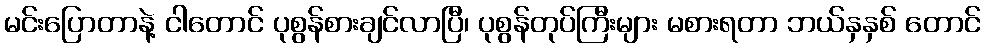
မင်းပြောတာနဲ့ ငါတောင် ပုစွန်စားချင်လာပြီ၊ ပုစွန်တုပ်ကြီးများ မစားရတာ ဘယ်နှနှစ် တောင်